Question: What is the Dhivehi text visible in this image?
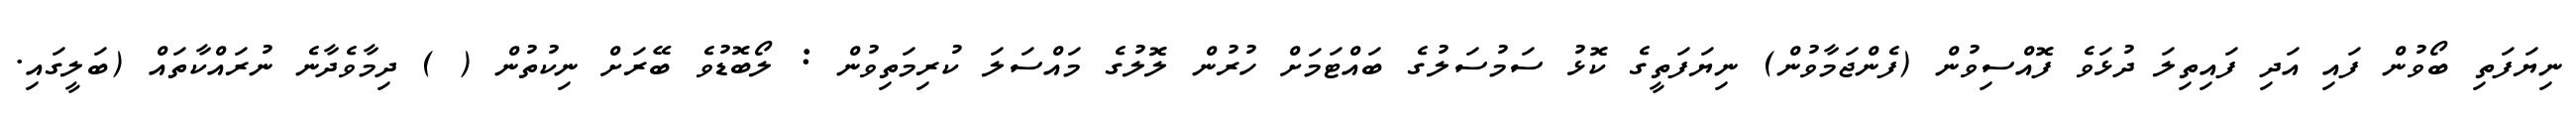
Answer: ނިޔަފަތި ބޯވުން ފައި އަދި ފައިތިލަ ދުޅަވެ ފޮއްސިވުން (ފެންޖަމާވުން) ނިޔަފަތީގެ ކޮޅު ސަމުސަލުގެ ބައްޓަމަށް ހުރުން ލޮލުގެ މައްސަލަ ކުރިމަތިވުން : ލޯބޮޑުވެ ބޭރަށް ނިކުތުން ( ) ދިމާވެދާނެ ނުރައްކާތައް (ބަލީގައި.